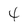
Character: 4